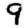
Digit: 9